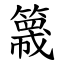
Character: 簚